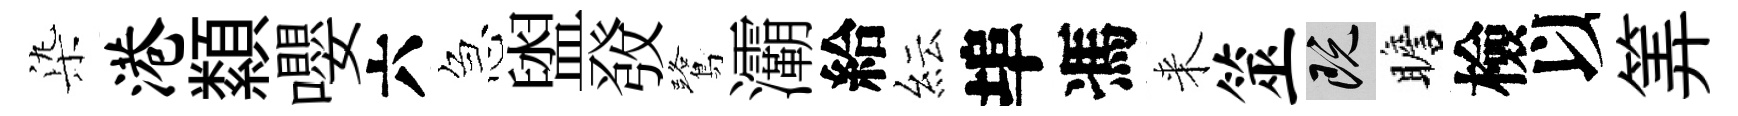
𣑱港纇嚶六急盥𤼲鷺灞給紜埠馮来筮既瞻檢以筭